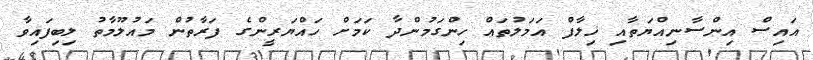
އައިސް އިންސާނިއްޔަތާއި ޚިލާފް އަމަލުތައް ހިންގަމުންދާ ކަމަށް ހައްޔަރީންގެ ފަރާތުން މައުލޫމާތު ލިބިފައިވާ